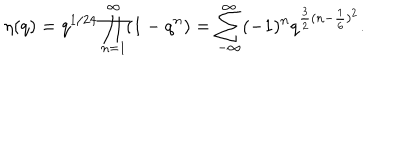
LaTeX: \eta ( q ) = q ^ { 1 / 2 4 } \prod _ { n = 1 } ^ { \infty } ( 1 - q ^ { n } ) = \sum _ { - \infty } ^ { \infty } ( - 1 ) ^ { n } q ^ { \frac { 3 } { 2 } ( n - \frac { 1 } { 6 } ) ^ { 2 } } .